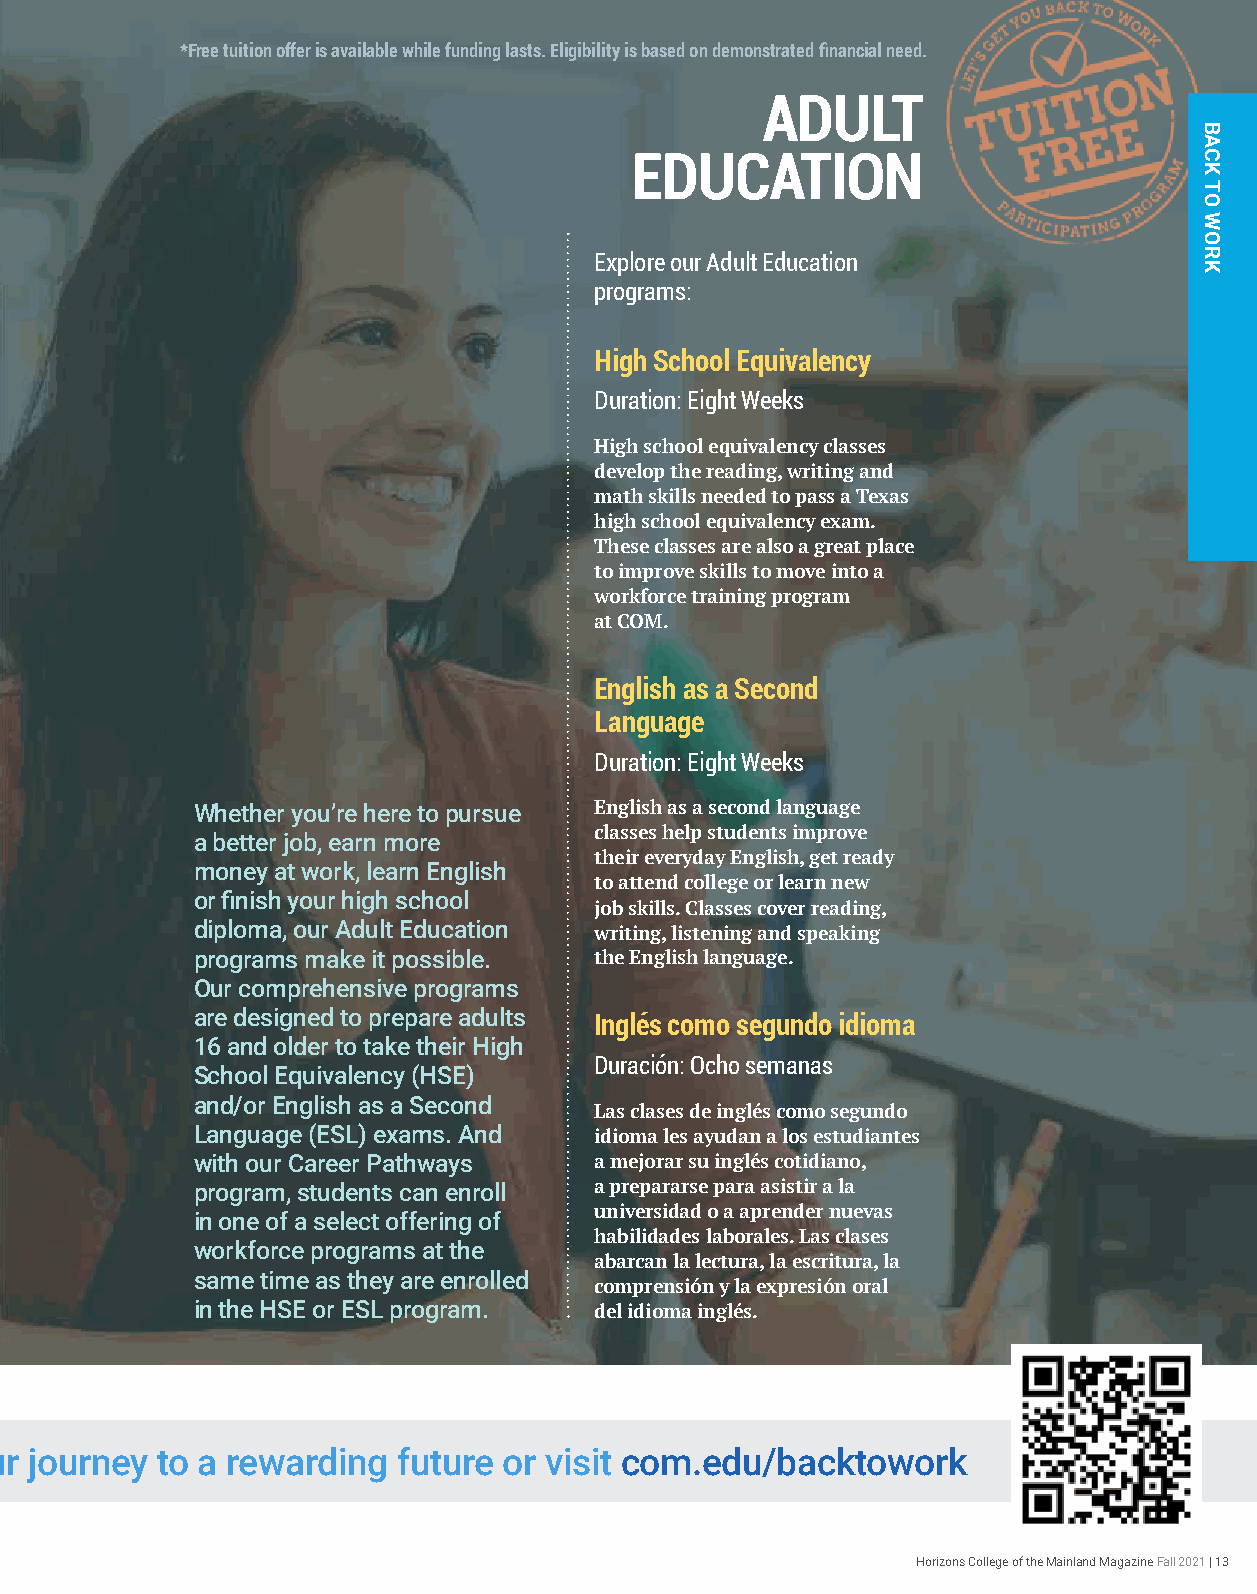
*Free tuition offer is available while funding lasts. Eligibility is based on demonstrated financial need.
 ADULT
 EDUCATION
 Explore our Adult Education
 programs:
 High School Equivalency
 Duration: Eight Weeks
 High school equivalency classes
 develop the reading, writing and
 math skills needed to pass a Texas
 high school equivalency exam.
 These classes are also a great place
 to improve skills to move into a
 workforce training program
 at COM.
 English as a Second
 Language
 Duration: Eight Weeks
 Whether you’re here to pursue English as a second language
 classes help students improve
 a better job, earn more
 their everyday English, get ready
 money at work, learn English
 to attend college or learn new
 or finish your high school
 job skills. Classes cover reading,
 diploma, our Adult Education writing, listening and speaking
 programs make it possible. the English language.
 Our comprehensive programs
 are designed to prepare adults
 Inglés como segundo idioma
 16 and older to take their High
 Duración: Ocho semanas
 School Equivalency (HSE)
 and/or English as a Second
 Las clases de inglés como segundo
 Language (ESL) exams. And idioma les ayudan a los estudiantes
 with our Career Pathways  a mejorar su inglés cotidiano,
 program, students can enroll a prepararse para asistir a la
 universidad o a aprender nuevas
 in one of a select offering of
 habilidades laborales. Las clases
 workforce programs at the
 abarcan la lectura, la escritura, la
 same time as they are enrolled
 comprensión y la expresión oral
 in the HSE or ESL program. del idioma inglés.
 Scan the QR code to start your journey to a rewarding future or visit com.edu/backtowork
 Horizons College of the Mainland Magazine Fall 2021 | 13
 BBBAAACCCKKK
 TTTOOO
 WWWOOORRRKKK